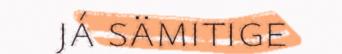
já sämitige